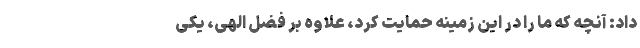
داد: آنچه که ما را در این زمینه حمایت کرد، علاوه بر فضل الهی، یکی